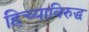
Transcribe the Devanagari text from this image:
हिच्याविरुद्ध